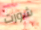
شورت